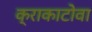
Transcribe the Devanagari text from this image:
क्राकाटोवा